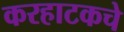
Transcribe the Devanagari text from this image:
करहाटकचे